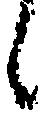
候